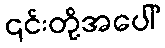
၎င်းတို့အပေါ်